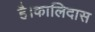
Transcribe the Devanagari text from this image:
है।कालिदास